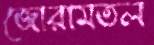
জোরামতল